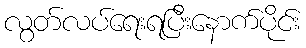
လွတ်လပ်ရေးရပြီးနောက်ပိုင်း